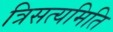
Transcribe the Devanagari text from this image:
त्रिसत्यमिति